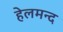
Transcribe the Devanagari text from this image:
हेलमन्द